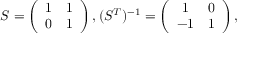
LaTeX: S = \left( \begin{array} { c c } { { 1 } } & { { 1 } } \\ { { 0 } } & { { 1 } } \end{array} \right) , ( S ^ { T } ) ^ { - 1 } = \left( \begin{array} { c c } { { 1 } } & { { 0 } } \\ { { - 1 } } & { { 1 } } \end{array} \right) ,